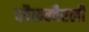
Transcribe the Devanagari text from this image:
क्वैकक्वैरली